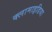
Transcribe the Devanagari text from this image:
क्लामाइडिया